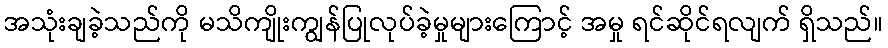
အသုံးချခဲ့သည်ကို မသိကျိုးကျွန်ပြုလုပ်ခဲ့မှုများကြောင့် အမှု ရင်ဆိုင်ရလျက် ရှိသည်။